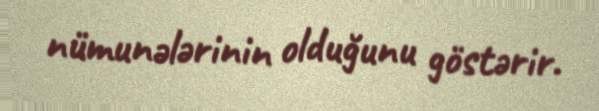
nümunələrinin olduğunu göstərir.